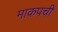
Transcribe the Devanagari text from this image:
माकपची